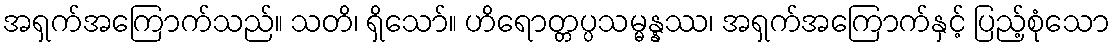
အရှက်အကြောက်သည်။ သတိ၊ ရှိသော်။ ဟိရောတ္တပ္ပသမ္မန္နဿ၊ အရှက်အကြောက်နှင့် ပြည့်စုံသော